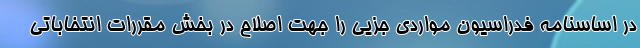
در اساسنامه فدراسیون مواردی جزیی را جهت اصلاح در بخش مقررات انتخاباتی